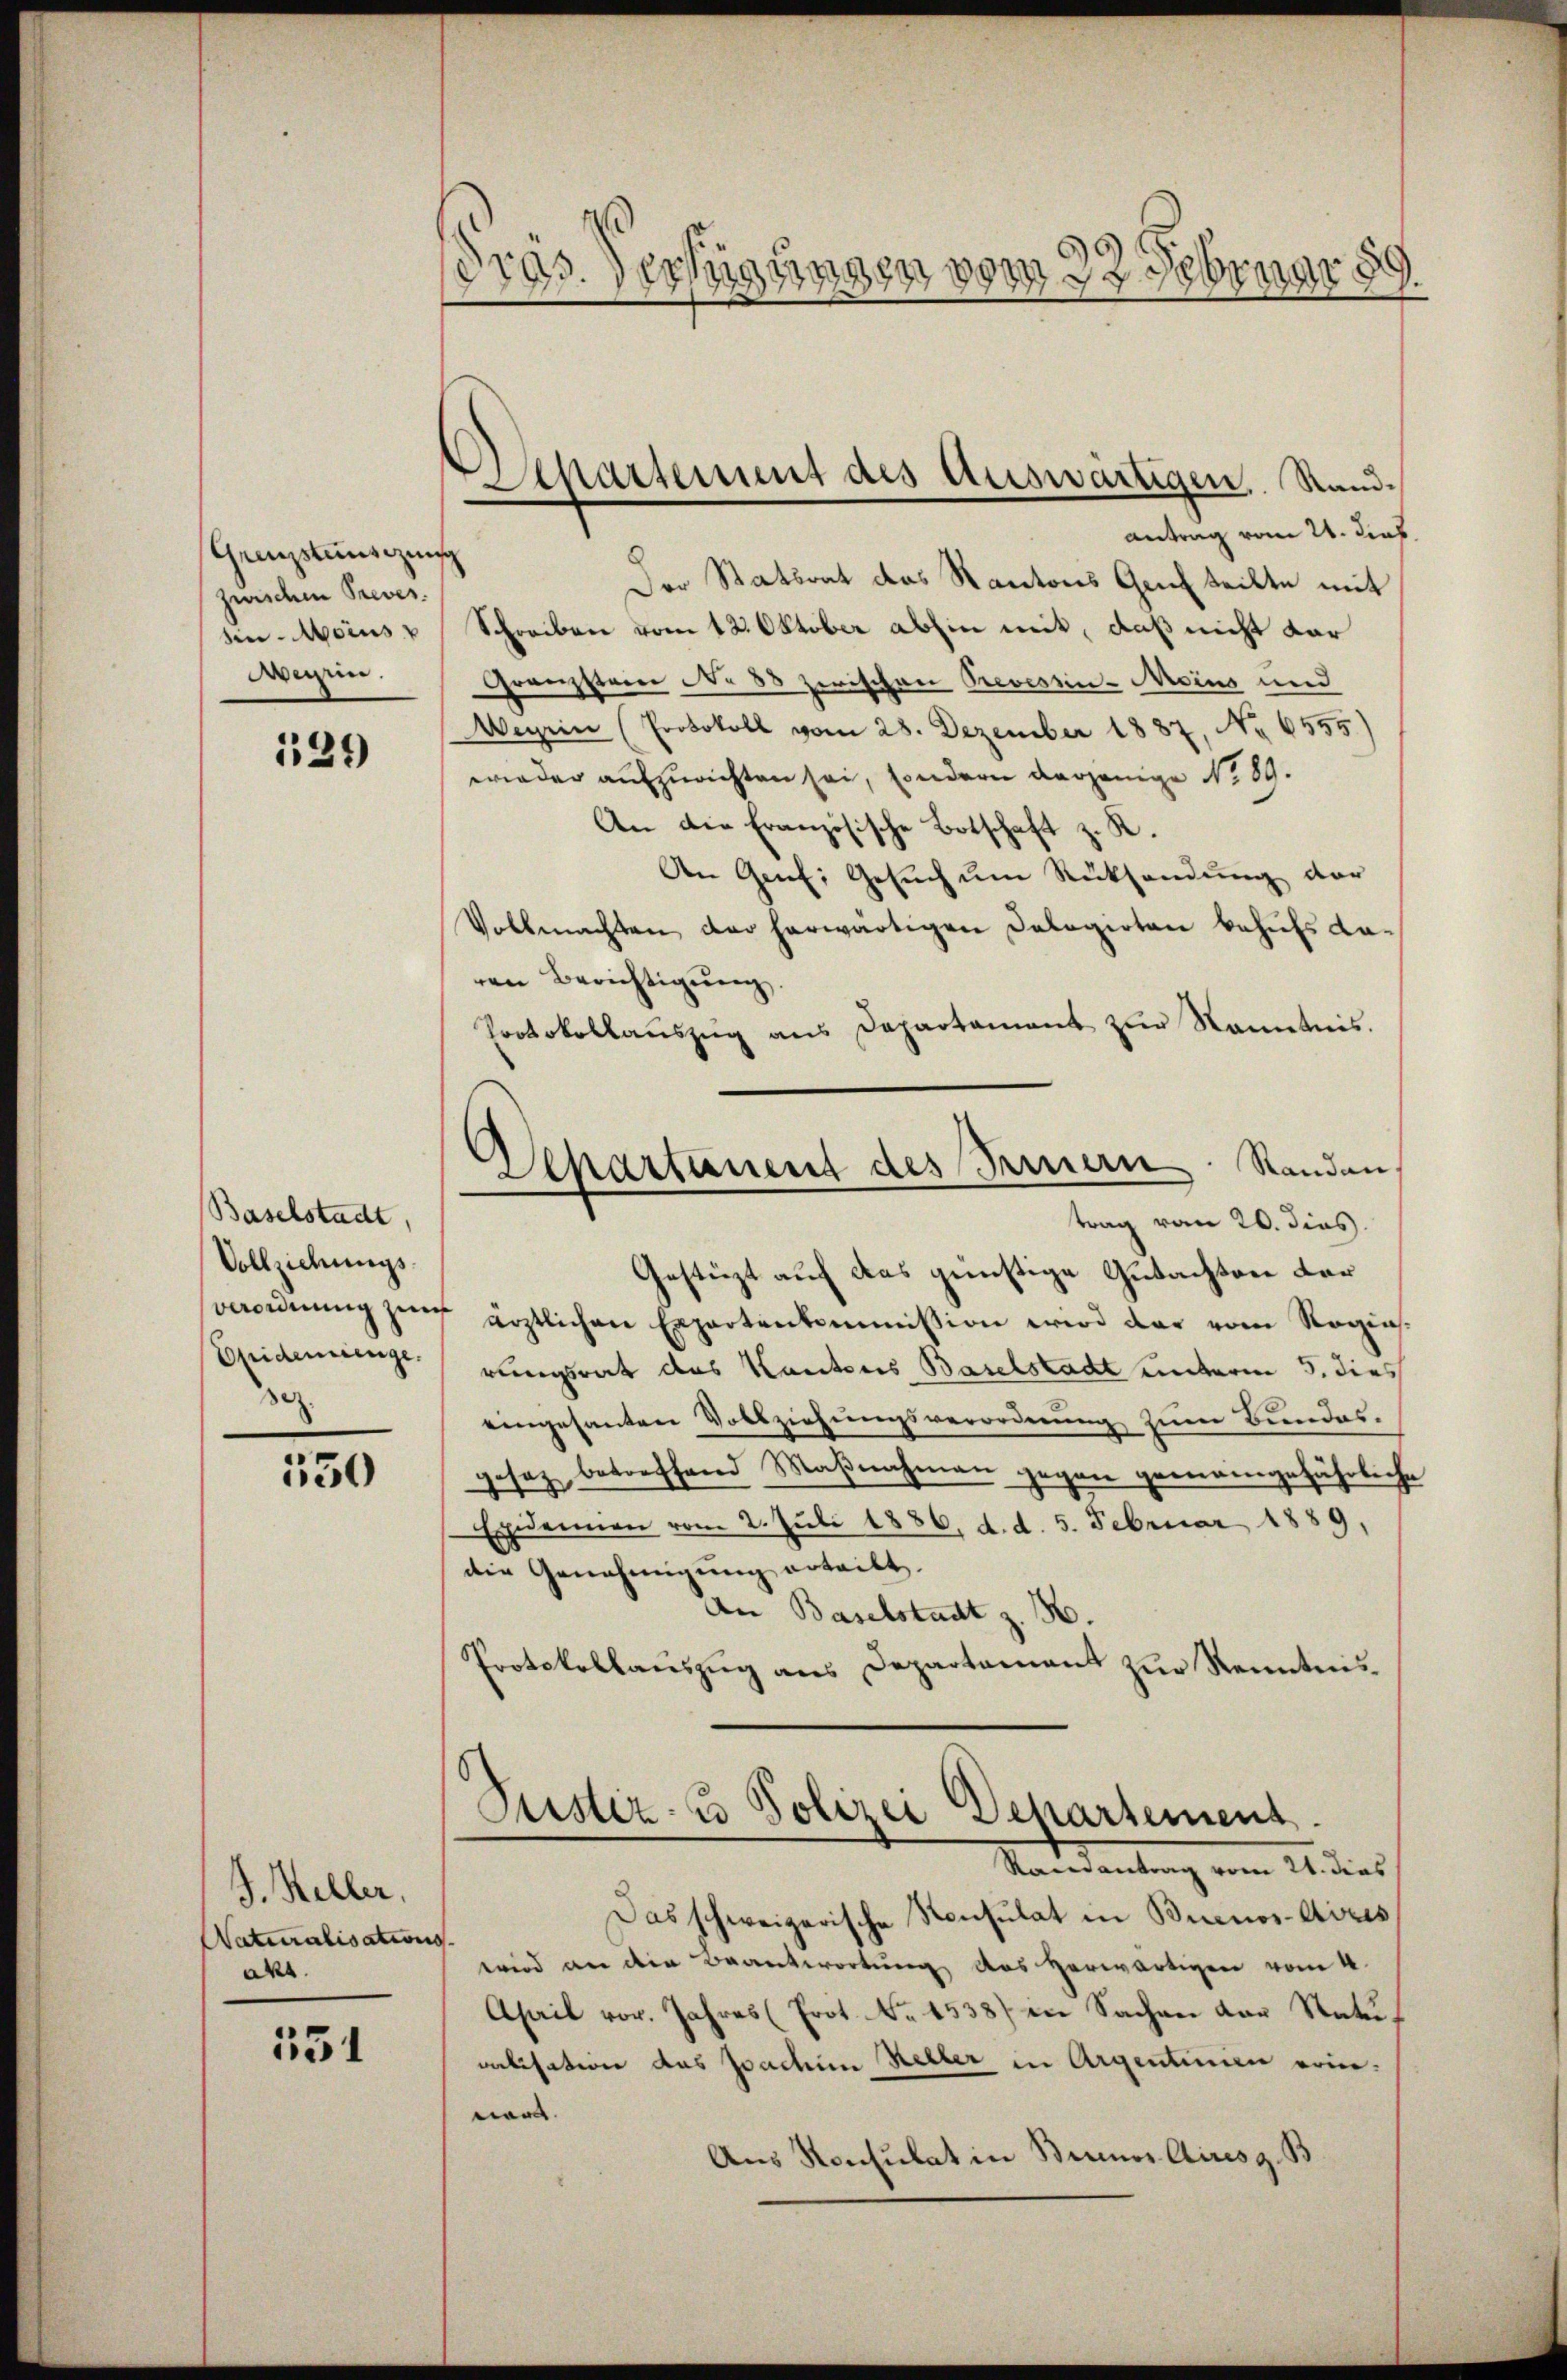
Grenzstensignis
zwischen Preves.
sin-Mcius
Weisen.

129

Baselstadt,
Vollziehungs-
Epidemienge.
se.

550

J. Heller,
Naturalisations
akt.

551

dras Verfügungen vom 22 Februar 89.

.
Chartement des Auswärtigen. Sand¬
Antrag vom 21. dies

Der Statsrat das Kantons Genf teilte mit
Schreiben vom 12. Oktober abhin mit, daß nicht dar
Grenzstren No 88 zwischen Preveszin-Moins und
Meyrin (Protokoll vom 28. Dezember 1887, No 6555)
wieder aufzurichten sei, sondern derjenige No 89.
An die Französische Botschaft z. K.
An Genf, Gesuch um Rücksendung der
Vollmachten der herwärtigen Delegirten behufs da-
ren Berichtigung.
Protokollaŭszŭg ans Departamant zŭr Kenntnis.
Gestüzt auf das günstige Gutachten der
verordnŭng jener ärztlichen Expertenkommission wird dar vom Ragins-
rungsrat des Kantons Baselstadt unterm 5. dies
eingesanten Vollziehungsverordnung zum Bundes-
gsez betreffend Maβnahmen gegen gemeingefährliche
Exdenen vom 2. Juli 1886. d. d. 5. Februar 1889,
die Genehmigŭng erteilt.
An Baselstadt z. B.
Protokollaŭszŭg ans Departement zur Kenntnis¬
Austiz- u Polizei Departement
Randantrag vom 21. dies
Das schweizerische Konsulat in Buenos-Ayres
wird an die Beantwortung des herwärtigen vom 4.
Ahail vor. Jahres (Prot. No 1538) die Sachen der Naturalisation das Joachim Heller in Argentinien erinwo
Aus Konsulat in Binos Airesg. B

Separtanent des Sinnern Standen,
trag vom 20. dies